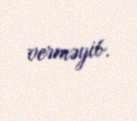
verməyib.